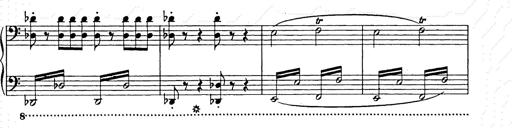
Title: Weihnachtsbaum
Composer: Franz Liszt